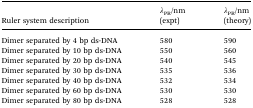
<table><thead><tr><td><b>Ruler system description</b></td><td><b><i>λ</i><sub>PR</sub>/nm (expt)</b></td><td><b><i>λ</i><sub>PR</sub>/nm (theory)</b></td></tr></thead><tbody><tr><td>Dimer separated by 4 bp ds-DNA</td><td>580</td><td>590</td></tr><tr><td>Dimer separated by 10 bp ds-DNA</td><td>550</td><td>560</td></tr><tr><td>Dimer separated by 20 bp ds-DNA</td><td>540</td><td>545</td></tr><tr><td>Dimer separated by 30 bp ds-DNA</td><td>535</td><td>536</td></tr><tr><td>Dimer separated by 40 bp ds-DNA</td><td>532</td><td>534</td></tr><tr><td>Dimer separated by 60 bp ds-DNA</td><td>530</td><td>530</td></tr><tr><td>Dimer separated by 80 bp ds-DNA</td><td>528</td><td>528</td></tr></tbody></table>